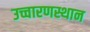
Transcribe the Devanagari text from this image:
उच्चारणस्थान